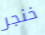
خنجر